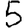
Digit: 5